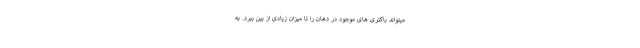
میتواند باکتری های موجود در دهان را تا میزان زیادی از بین ببرد. به